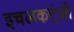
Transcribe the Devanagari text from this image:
इचलकर्ंजी